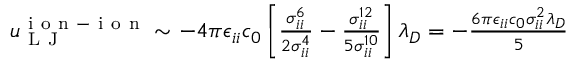
\begin{array} { r } { u _ { \mathrm { ~ L ~ J ~ } } ^ { \mathrm { ~ i ~ o ~ n ~ - ~ i ~ o ~ n ~ } } \sim - 4 \pi \epsilon _ { i i } c _ { 0 } \left[ \frac { \sigma _ { i i } ^ { 6 } } { 2 \sigma _ { i i } ^ { 4 } } - \frac { \sigma _ { i i } ^ { 1 2 } } { 5 \sigma _ { i i } ^ { 1 0 } } \right] \lambda _ { D } = - \frac { 6 \pi \epsilon _ { i i } c _ { 0 } \sigma _ { i i } ^ { 2 } \lambda _ { D } } { 5 } } \end{array}